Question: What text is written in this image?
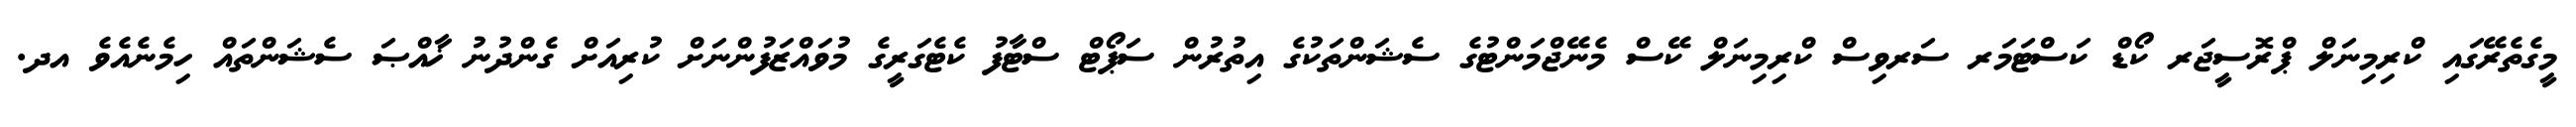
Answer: މީގެތެރޭގައި ކްރިމިނަލް ޕްރޮސީޖަރ ކޯޑް ކަސްޓަމަރ ސަރވިސް ކްރިމިނަލް ކޭސް މެނޭޖްމަންޓުގެ ސެޝަންތަކުގެ އިތުރުން ސަޕޯޓް ސްޓާފު ކެޓެގަރީގެ މުވައްޒަފުންނަށް ކުރިއަށް ގެންދުނު ޚާއްޞަ ސެޝަންތައް ހިމެނެއެވެ އދ.